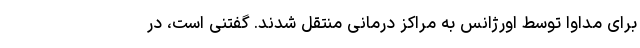
برای مداوا توسط اورژانس به مراکز درمانی منتقل شدند. گفتنی است، در